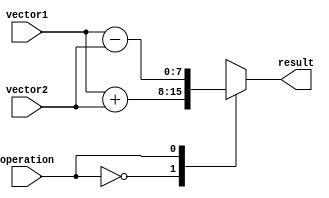
module VectorALU (
    input [7:0] vector1,
    input [7:0] vector2,
    input operation,
    output [7:0] result
);

reg [7:0] temp_result;

always @(*) begin
    case(operation)
        0: temp_result = vector1 + vector2; // Addition
        1: temp_result = vector1 - vector2; // Subtraction
        2: temp_result = vector1 * vector2; // Multiplication
        3: temp_result = vector1 / vector2; // Division
        4: temp_result = vector1 & vector2; // Bit-wise AND
        5: temp_result = vector1 | vector2; // Bit-wise OR
        6: temp_result = vector1 ^ vector2; // Bit-wise XOR
        7: temp_result = vector1 << vector2; // Left shift
        8: temp_result = vector1 >> vector2; // Right shift
        default: temp_result = 8'b0; // Default value
    endcase
end

assign result = temp_result;

endmodule